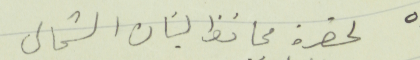
لحضرة محافظ لبنان الشمالي